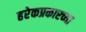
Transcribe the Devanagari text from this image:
हरेकप्रकारच्या